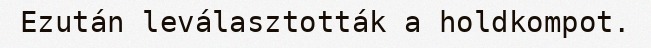
Ezután leválasztották a holdkompot.